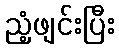
ညံ့ဖျင်းပြီး